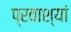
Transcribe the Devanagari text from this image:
प्रवाश्यां